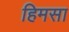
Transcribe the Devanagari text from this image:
हिमसा